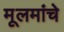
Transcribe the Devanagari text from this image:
मूलमांचे